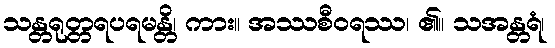
သန္တရုတ္တရပရမန္တိ၊ ကား။ အဿစီဝရဿ၊ ၏။ သအန္တရံ၊